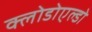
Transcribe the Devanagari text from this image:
क्लोडोएल्डो